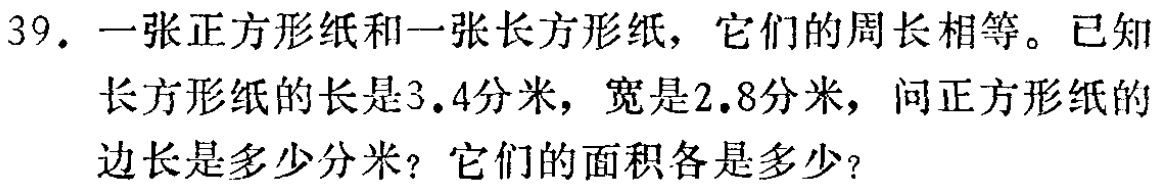
39. 一张正方形纸和一张长方形纸，它们的周长相等。已知长方形纸的长是3.4分米，宽是2.8分米，问正方形纸的边长是多少分米？它们的面积各是多少？